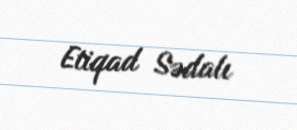
Etiqad Sədalı